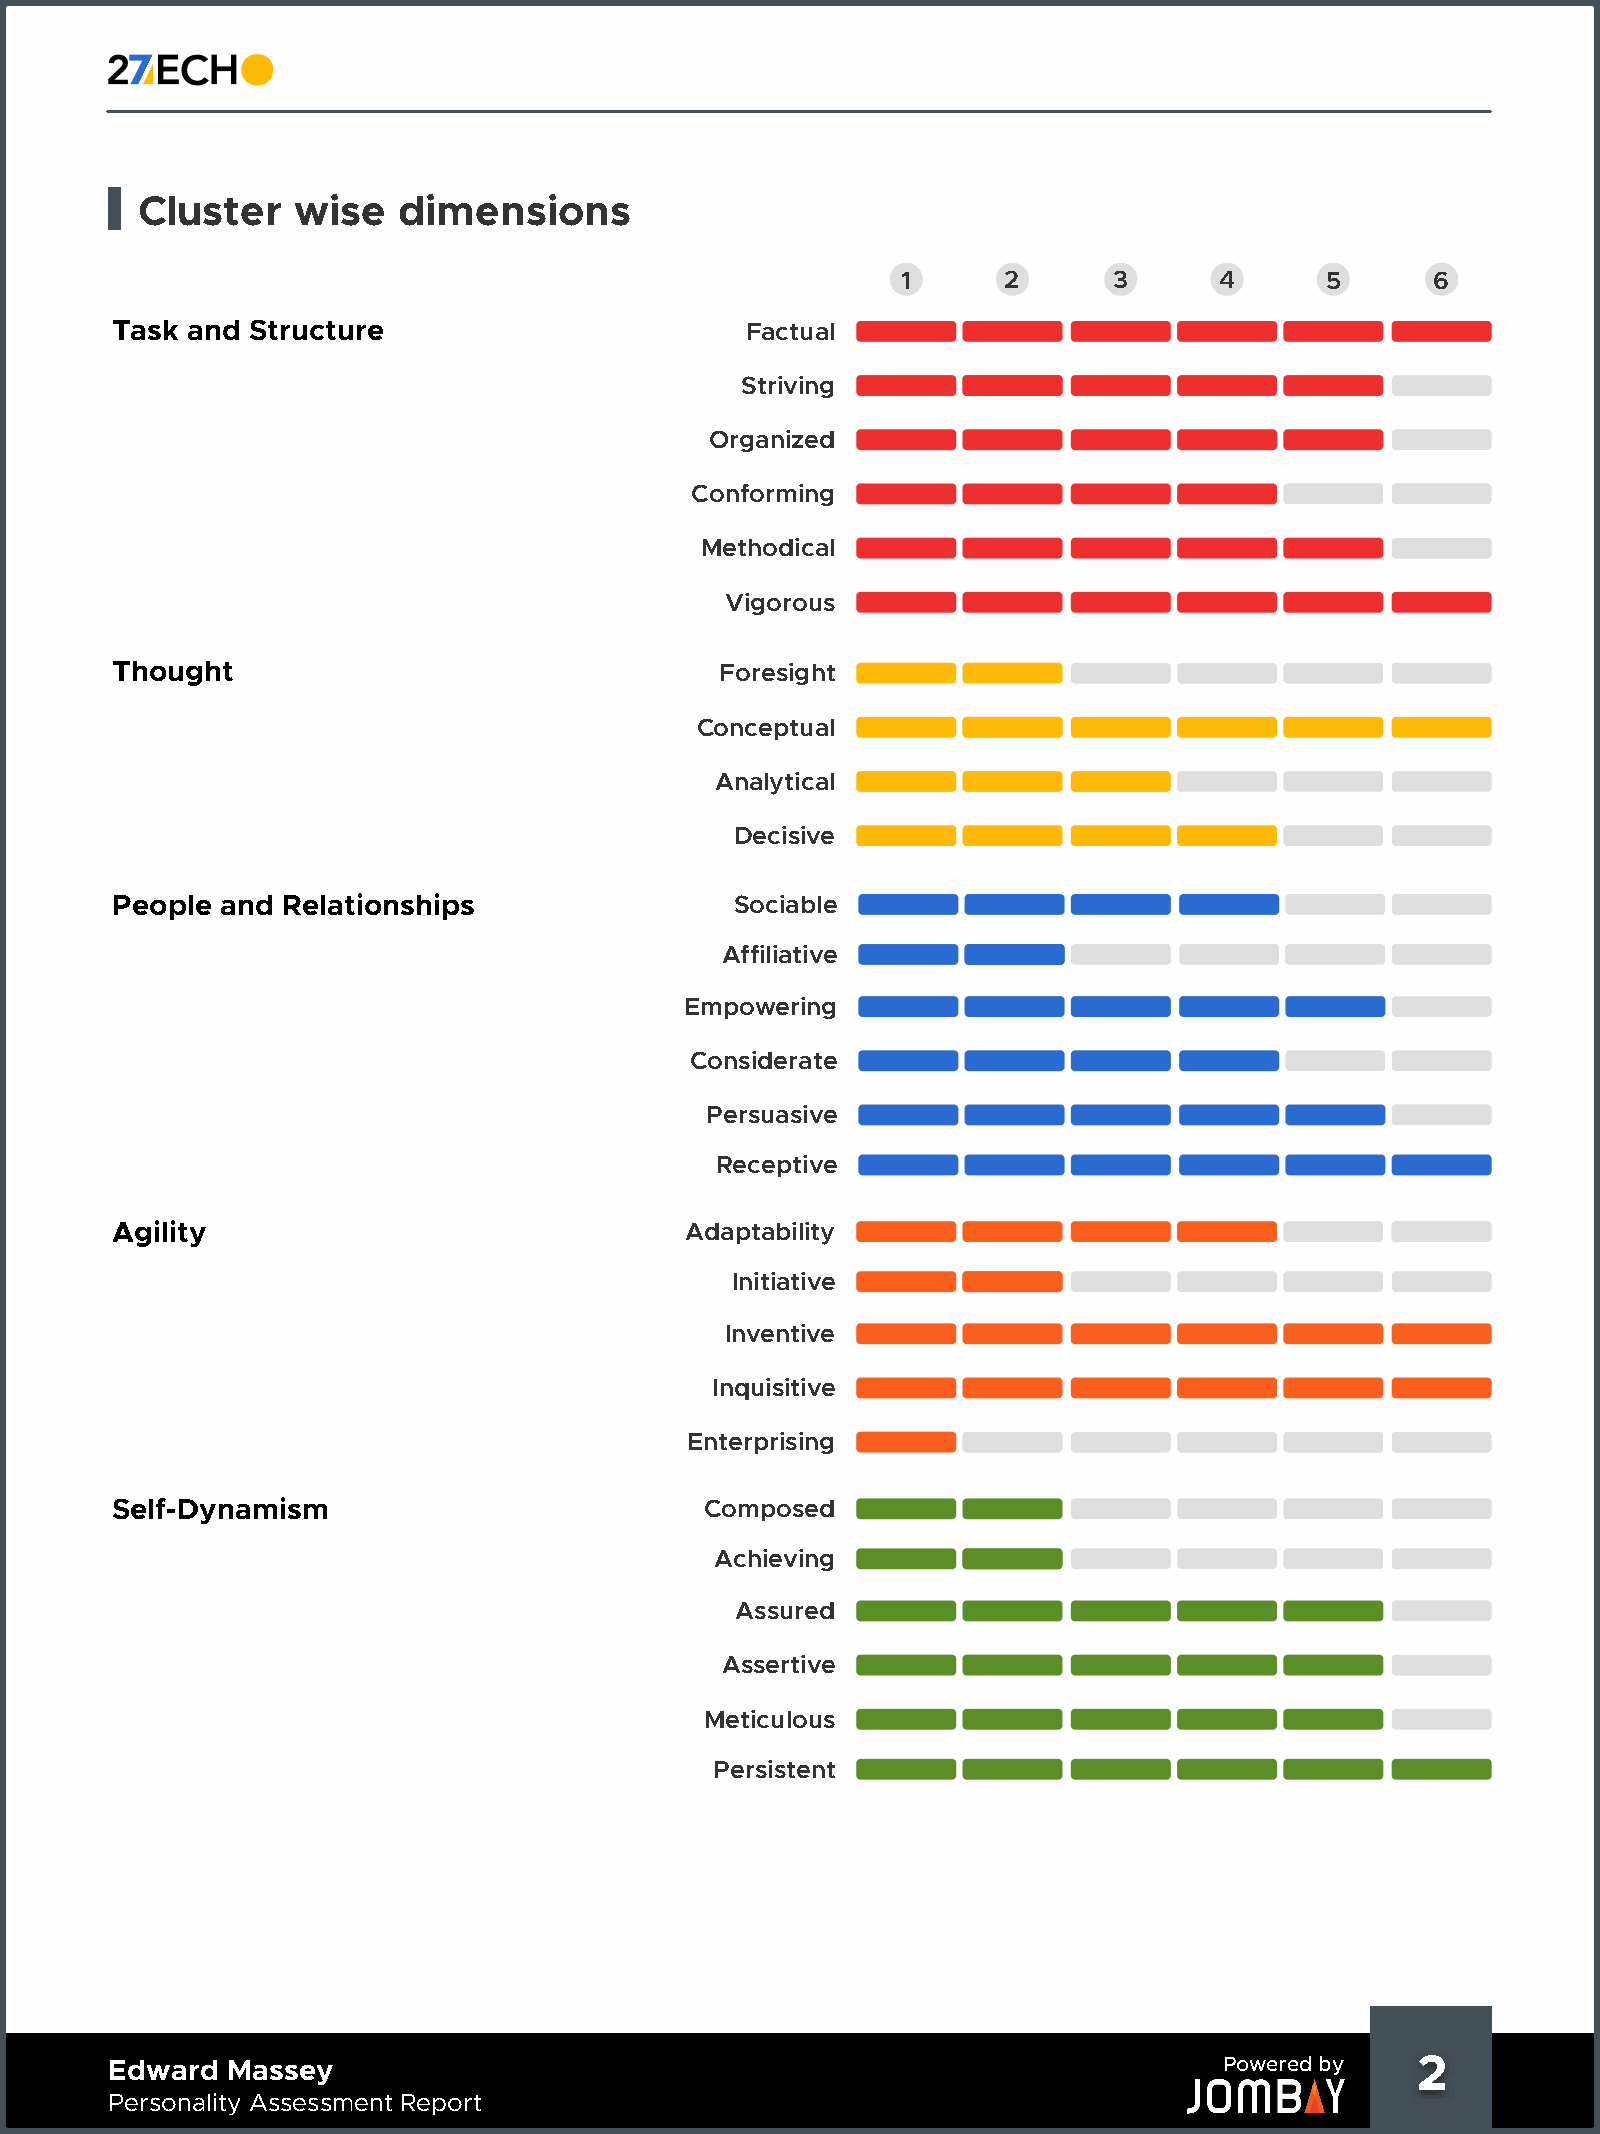
Cluster   wise   dimensions
 1     2       3      4      5      6
 Task and  Structure                       Factual
 Striving
 Organized
 Conforming
 Methodical
 Vigorous
 Thought                                  Foresight
 Conceptual
 Analytical
 Decisive
 People  and Relationships                 Sociable
 Affiliative
 Empowering
 Considerate
 Persuasive
 Receptive
 Agility                               Adaptability
 Initiative
 Inventive
 Inquisitive
 Enterprising
 Self-Dynamism                           Composed
 Achieving
 Assured
 Assertive
 Meticulous
 Persistent
 Edward  Massey                                                            Powered by   2     2
 Personality Assessment Report